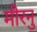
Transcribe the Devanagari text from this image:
मीरनु